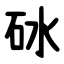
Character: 砅